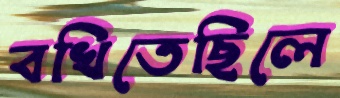
বখিতেছিলে